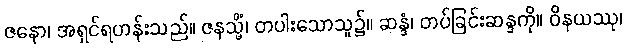
ဇနော၊ အရှင်ရဟန်းသည်။ ဇနသ္မိံ၊ တပါးသောသူ၌။ ဆန္ဒံ၊ တပ်ခြင်းဆန္ဒကို။ ဝိနယဿု၊